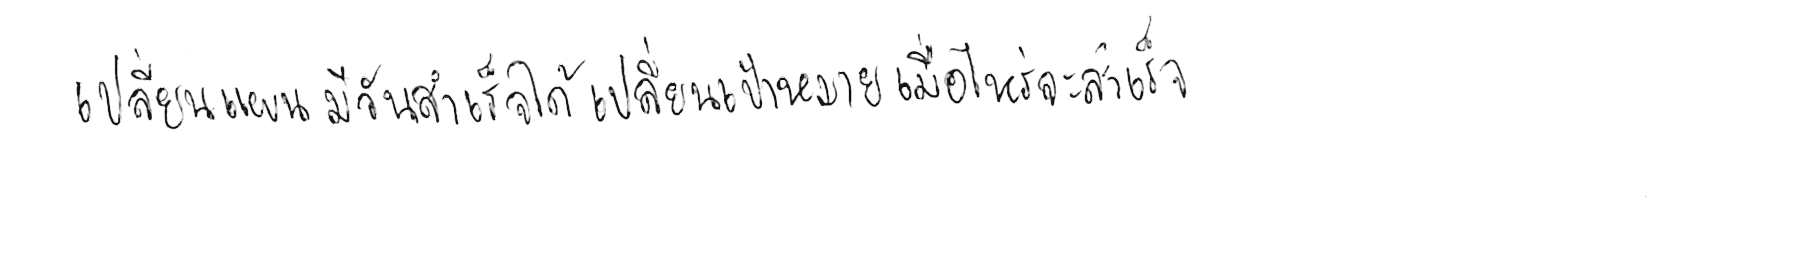
เปลี่ยนแผน มีวันสำเร็จได้ เปลี่ยนเป้าหมาย เมื่อไหร่จะสำเร็จ